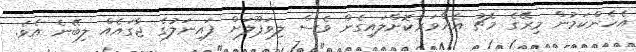
އެހެންކަމުން މިރޭގެ މެޗު އެއްވަރުކޮށްލައިގެން ވެސް ލިވަޕޫލަށް ފައިނަލުގެ ޖާގައެއް ލިބޭނެ އެވެ.